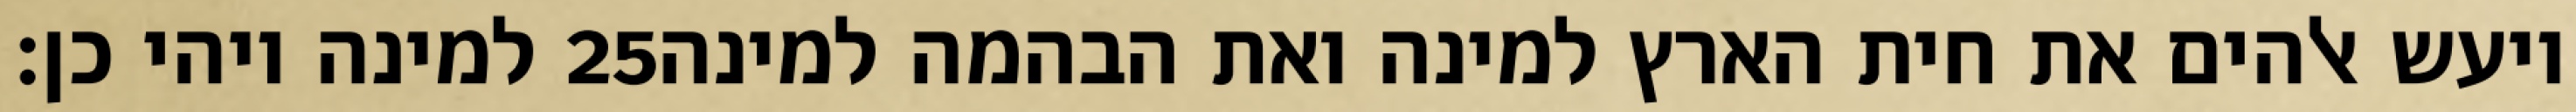
למינה ויהי כן׃ ‎25‏ ויעש אלהים את חית הארץ למינה ואת הבהמה למינה